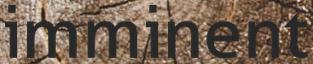
imminent